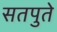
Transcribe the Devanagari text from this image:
सतपुते